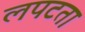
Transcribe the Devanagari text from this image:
लपटता